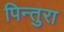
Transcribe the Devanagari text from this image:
पिन्तुरा